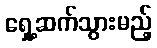
ရှေ့ဆက်သွားမည့်